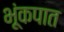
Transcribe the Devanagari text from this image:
भूंकपात